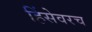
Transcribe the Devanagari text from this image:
हिंसेवरच